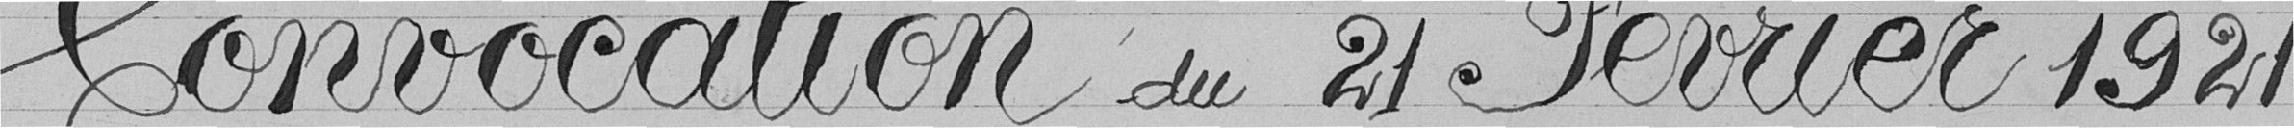
Convocation du 21 février 1921